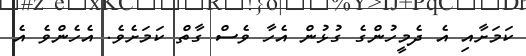
ކަމަށާއި އެ ދެމީހުންގެ ގުޅުން އެހާ ވެސް ގާތް ކަމަށެވެ. އެހެންވެ އެ